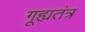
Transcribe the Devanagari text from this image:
गूह्यतंत्र